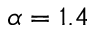
\alpha = 1 . 4